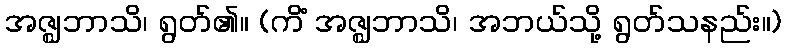
အဇ္ဈဘာသိ၊ ရွတ်၏။ (ကိံ အဇ္ဈဘာသိ၊ အဘယ်သို့ ရွတ်သနည်း။)